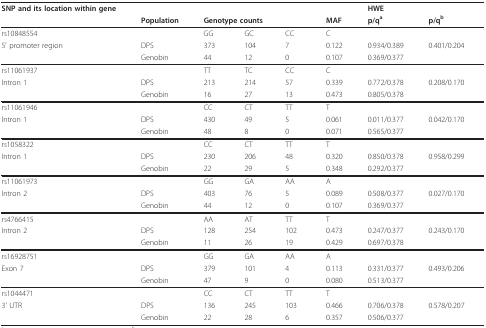
<table><thead><tr><td><b>SNP and its location within gene</b></td><td></td><td></td><td></td><td></td><td></td><td colspan="2"><b>HWE</b></td></tr><tr><td></td><td><b>Population</b></td><td colspan="3"><b>Genotype counts</b></td><td><b>MAF</b></td><td><b>p/q<sup>a</sup></b></td><td><b>p/q<sup>b</sup></b></td></tr></thead><tbody><tr><td>rs10848554</td><td></td><td>GG</td><td>GC</td><td>CC</td><td>C</td><td></td><td></td></tr><tr><td>5&#x27; promoter region</td><td>DPS</td><td>373</td><td>104</td><td>7</td><td>0.122</td><td>0.934/0.389</td><td>0.401/0.204</td></tr><tr><td></td><td>Genobin</td><td>44</td><td>12</td><td>0</td><td>0.107</td><td>0.369/0.377</td><td></td></tr><tr><td>rs11061937</td><td></td><td>TT</td><td>TC</td><td>CC</td><td>C</td><td></td><td></td></tr><tr><td>Intron 1</td><td>DPS</td><td>213</td><td>214</td><td>57</td><td>0.339</td><td>0.772/0.378</td><td>0.208/0.170</td></tr><tr><td></td><td>Genobin</td><td>16</td><td>27</td><td>13</td><td>0.473</td><td>0.805/0.378</td><td></td></tr><tr><td>rs11061946</td><td></td><td>CC</td><td>CT</td><td>TT</td><td>T</td><td></td><td></td></tr><tr><td>Intron 1</td><td>DPS</td><td>430</td><td>49</td><td>5</td><td>0.061</td><td>0.011/0.377</td><td>0.042/0.170</td></tr><tr><td></td><td>Genobin</td><td>48</td><td>8</td><td>0</td><td>0.071</td><td>0.565/0.377</td><td></td></tr><tr><td>rs1058322</td><td></td><td>CC</td><td>CT</td><td>TT</td><td>T</td><td></td><td></td></tr><tr><td>Intron 1</td><td>DPS</td><td>230</td><td>206</td><td>48</td><td>0.320</td><td>0.850/0.378</td><td>0.958/0.299</td></tr><tr><td></td><td>Genobin</td><td>22</td><td>29</td><td>5</td><td>0.348</td><td>0.292/0.377</td><td></td></tr><tr><td>rs11061973</td><td></td><td>GG</td><td>GA</td><td>AA</td><td>A</td><td></td><td></td></tr><tr><td>Intron 2</td><td>DPS</td><td>403</td><td>76</td><td>5</td><td>0.089</td><td>0.508/0.377</td><td>0.027/0.170</td></tr><tr><td></td><td>Genobin</td><td>44</td><td>12</td><td>0</td><td>0.107</td><td>0.369/0.377</td><td></td></tr><tr><td>rs4766415</td><td></td><td>AA</td><td>AT</td><td>TT</td><td>T</td><td></td><td></td></tr><tr><td>Intron 2</td><td>DPS</td><td>128</td><td>254</td><td>102</td><td>0.473</td><td>0.247/0.377</td><td>0.243/0.170</td></tr><tr><td></td><td>Genobin</td><td>11</td><td>26</td><td>19</td><td>0.429</td><td>0.697/0.378</td><td></td></tr><tr><td>rs16928751</td><td></td><td>GG</td><td>GA</td><td>AA</td><td>A</td><td></td><td></td></tr><tr><td>Exon 7</td><td>DPS</td><td>379</td><td>101</td><td>4</td><td>0.113</td><td>0.331/0.377</td><td>0.493/0.206</td></tr><tr><td></td><td>Genobin</td><td>47</td><td>9</td><td>0</td><td>0.080</td><td>0.513/0.377</td><td></td></tr><tr><td>rs1044471</td><td></td><td>CC</td><td>CT</td><td>TT</td><td>T</td><td></td><td></td></tr><tr><td>3&#x27; UTR</td><td>DPS</td><td>136</td><td>245</td><td>103</td><td>0.466</td><td>0.706/0.378</td><td>0.578/0.207</td></tr><tr><td></td><td>Genobin</td><td>22</td><td>28</td><td>6</td><td>0.357</td><td>0.506/0.377</td><td></td></tr></tbody></table>